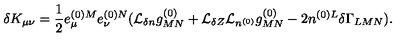
\delta K _ { \mu \nu } = \frac { 1 } { 2 } e _ { \mu } ^ { ( 0 ) M } e _ { \nu } ^ { ( 0 ) N } ( { \cal L } _ { \delta n } g _ { M N } ^ { ( 0 ) } + { \cal L } _ { \delta Z } { \cal L } _ { n ^ { ( 0 ) } } g _ { M N } ^ { ( 0 ) } - 2 n ^ { ( 0 ) L } \delta \Gamma _ { L M N } ) .